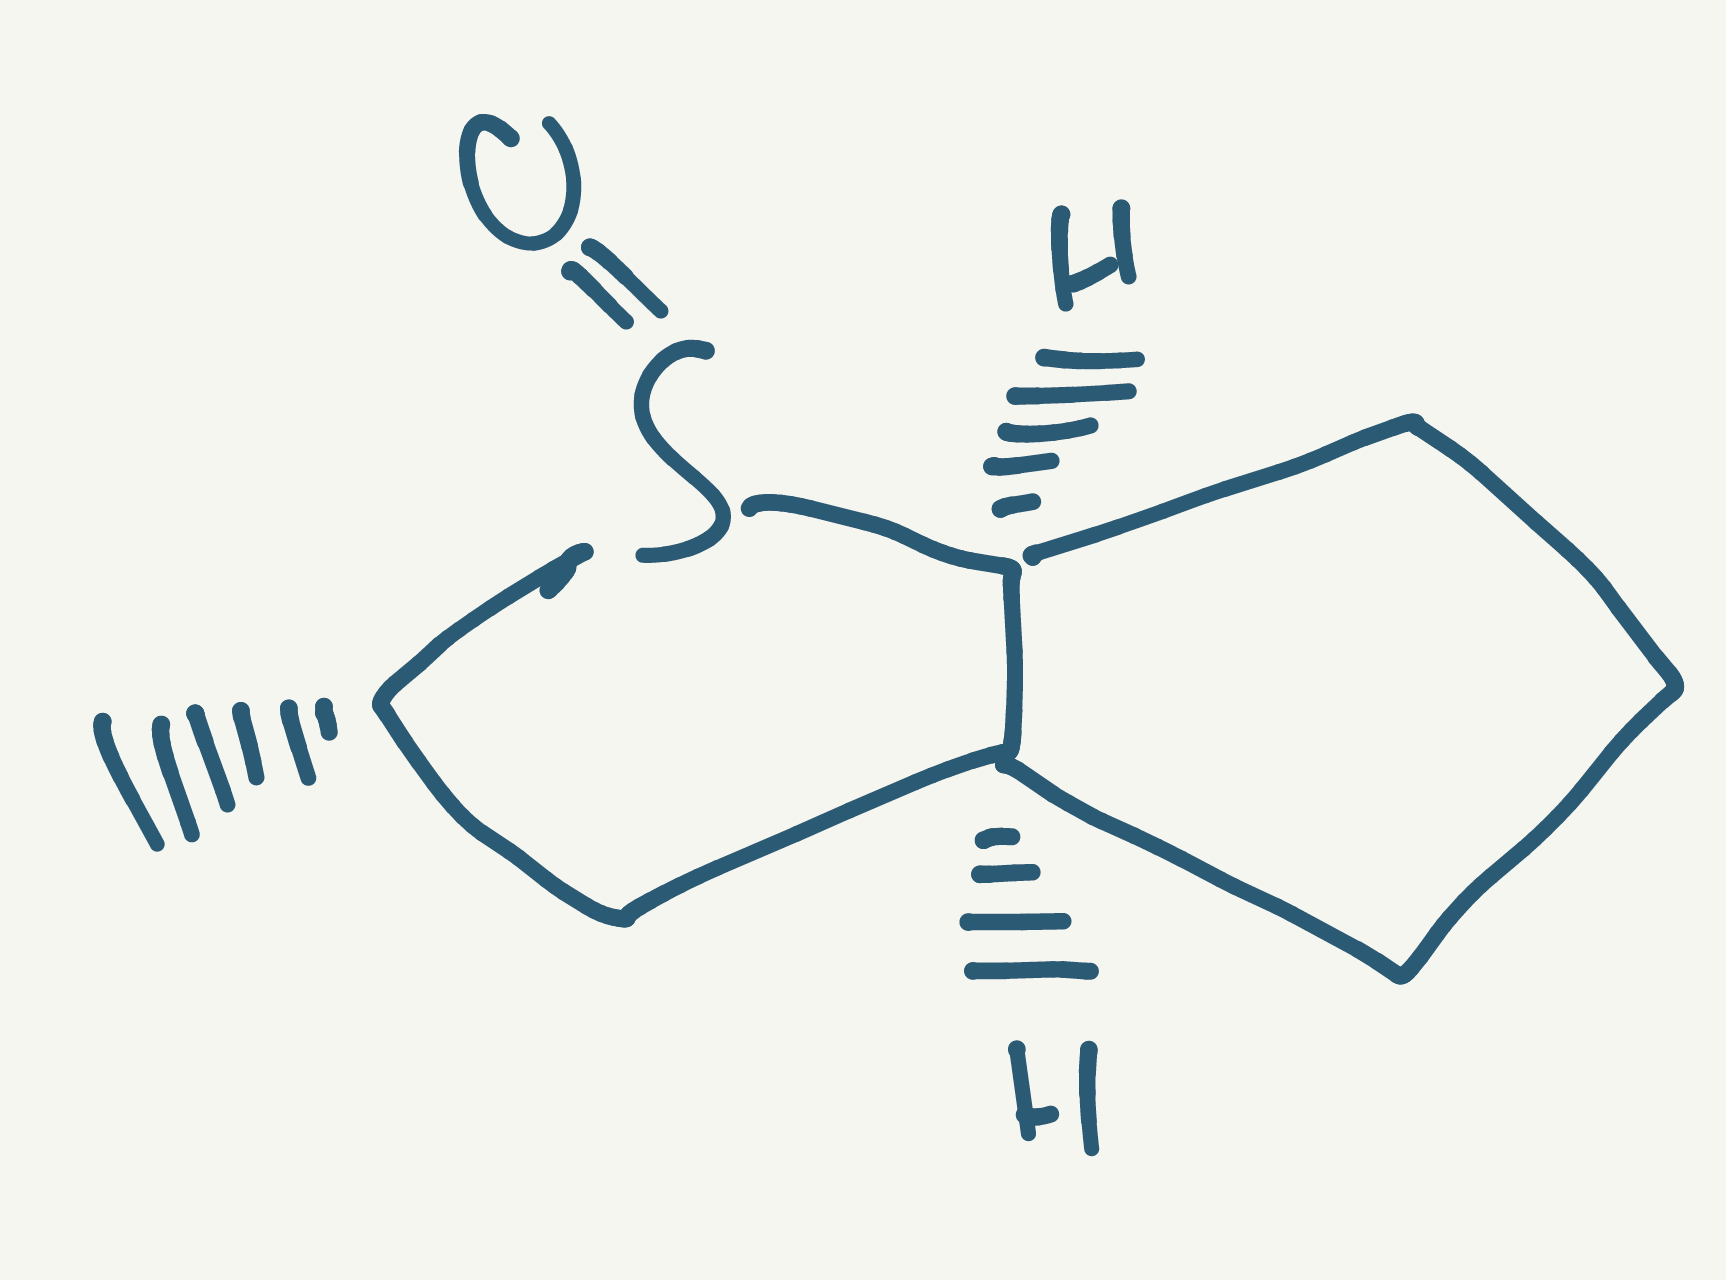
Simplified molecular-input line-entry system (SMILES) notation of the given molecule:
C[C@H]1C[C@@H]2CCC[C@@H]2S1=O